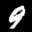
Label: 9